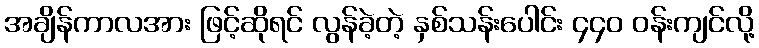
အချိန်ကာလအား ဖြင့်ဆိုရင် လွန်ခဲ့တဲ့ နှစ်သန်းပေါင်း ၄၄၀ ဝန်းကျင်လို့